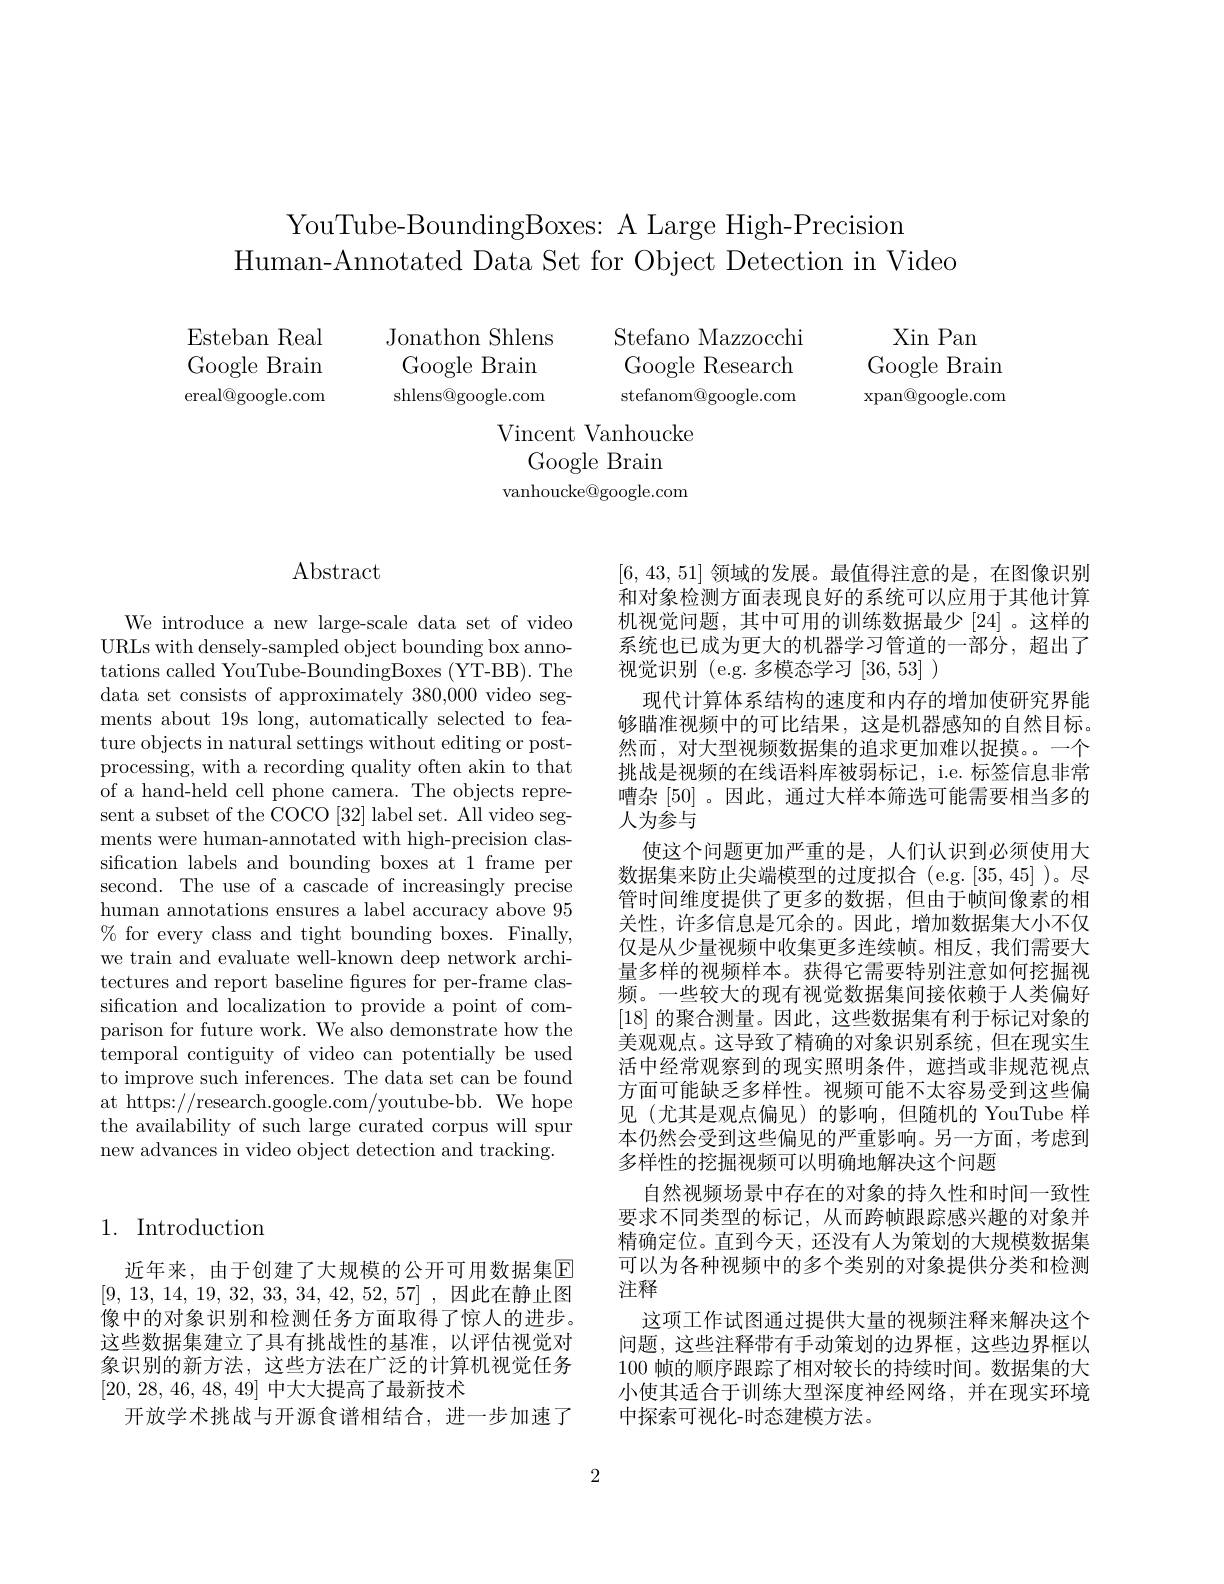
YouTube-BoundingBoxes: A Large High-Precision
Human-Annotated Data Set for Object Detection in Video

Esteban Real Google Brain ereal@google.com

$\begin{aligned}\text{Jonathon Shlens}&&\text{Stefano Mazzocchi}&&\text{Xin Pan}\\\text{Google Brain}&&\text{Google Research}&&\text{Google Brain}\\\text{shlens@google.com}&&\text{stefanom@google.com}\end{aligned}$

Vincent Vanhoucke
Google Brain
vanhoucke@google.com

## $\operatorname{Abstract}$

We introduce a new large-scale data set of video URLs with densely-sampled object bounding box annotations called YouTube-BoundingBoxes (YT-BB). The data set consists of approximately 380,000 video segments about 19s long, automatically selected to feature objects in natural settings without editing or postprocessing, with a recording quality often akin to that of a hand-held cell phone camera. The objects represent a subset of the COCO [32] label set. All video segments were human-annotated with high-precision classification labels and bounding boxes at 1 frame per second. The use of a cascade of increasingly precise human annotations ensures a label accuracy above 95 % for every class and tight bounding boxes. Finally, we train and evaluate well-known deep network architectures and report baseline figures for per-frame classification and localization to provide a point of comparison for future work. We also demonstrate how the temporal contiguity of video can potentially be used to improve such inferences. The data set can be found at https://research.google.com/youtube-bb.We hope the availability of such large curated corpus will spur new advances in video object detection and tracking.

## 1. Introduction

近年来，由于创建了大规模的公开可用数据集E [9, 13, 14, 19, 32, 33, 34, 42, 52, 57] , 因此在静止图像中的对象识别和检测任务方面取得了惊人的进步。这些数据集建立了具有挑战性的基准，以评估视觉对象识别的新方法，这些方法在广泛的计算机视觉任务[20, 28, 46, 48, 49] 中大大提高了最新技术
开放学术挑战与开源食谱相结合，进一步加速了

[6,43,51]领域的发展。最值得注意的是，在图像识别和对象检测方面表现良好的系统可以应用于其他计算机视觉问题，其中可用的训练数据最少[24] 。这样的系统也已成为更大的机器学习管道的一部分，超出了视觉识别 (e.g.多模态学习 [36,53] )
现代计算体系结构的速度和内存的增加使研究界能够瞄准视频中的可比结果，这是机器感知的自然目标。然而，对大型视频数据集的追求更加难以捉摸。一个挑战是视频的在线语料库被弱标记，i.e. 标签信息非常嘈杂 [50] 。因此，通过大样本筛选可能需要相当多的人为参与
使这个问题更加严重的是，人们认识到必须使用大数据集来防止尖端模型的过度拟合 (e.g.[35,45])。尽管时间维度提供了更多的数据，但由于帧间像素的相关性，许多信息是冗余的。因此，增加数据集大小不仅仅是从少量视频中收集更多连续帧。相反，我们需要大量多样的视频样本。获得它需要特别注意如何挖掘视频。一些较大的现有视觉数据集间接依赖于人类偏好[18]的聚合测量。因此，这些数据集有利于标记对象的美观观点。这导致了精确的对象识别系统，但在现实生活中经常观察到的现实照明条件，遮挡或非规范视点方面可能缺乏多样性。视频可能不太容易受到这些偏见(尤其是观点偏见)的影响，但随机的 YouTube 样本仍然会受到这些偏见的严重影响。另一方面，考虑到多样性的挖掘视频可以明确地解决这个问题
自然视频场景中存在的对象的持久性和时间一致性要求不同类型的标记，从而跨帧跟踪感兴趣的对象并精确定位。直到今天，还没有人为策划的大规模数据集可以为各种视频中的多个类别的对象提供分类和检测注释
这项工作试图通过提供大量的视频注释来解决这个问题，这些注释带有手动策划的边界框，这些边界框以100帧的顺序跟踪了相对较长的持续时间。数据集的大小使其适合于训练大型深度神经网络，并在现实环境中探索可视化-时态建模方法。

2